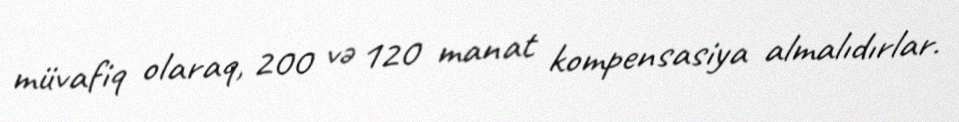
müvafiq olaraq, 200 və 120 manat kompensasiya almalıdırlar.